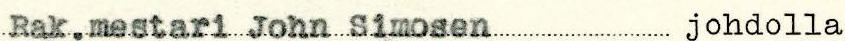
Rak.mestari John Simosen johdolla